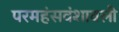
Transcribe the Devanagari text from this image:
परमहंसवंशावली